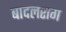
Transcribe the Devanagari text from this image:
बादलराग